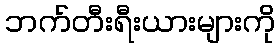
ဘက်တီးရီးယားများကို